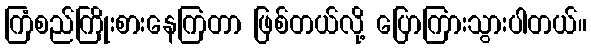
ကြံစည်ကြိုးစားနေကြတာ ဖြစ်တယ်လို့ ပြောကြားသွားပါတယ်။